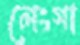
লেংগা